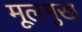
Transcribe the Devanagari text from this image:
मूलमुख